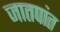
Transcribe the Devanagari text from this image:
जातपांत